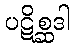
ပဋိစ္ဆဒါ